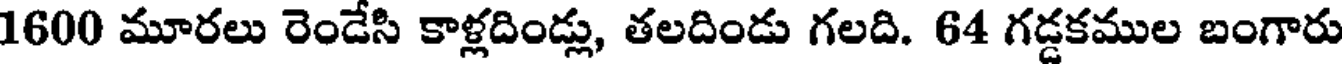
1600 మూరలు రెండేసి కాళ్లదిండ్లు, తలదిండు గలది. 64 గడ్డకముల బంగారు